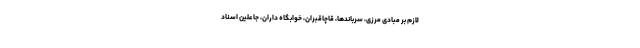
لازم بر مبادی مرزی، سرباندها، قاچاقبران، خوابگاه داران، جاعلین اسناد